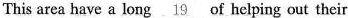
This area have a long \underline{19} of helping out their